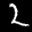
Label: 2